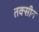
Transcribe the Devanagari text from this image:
तक्सीन